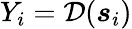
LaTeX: Y_{i}=\mathcal{D}({\boldsymbol{s}_{i}})